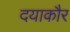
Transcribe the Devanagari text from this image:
दयाकौर